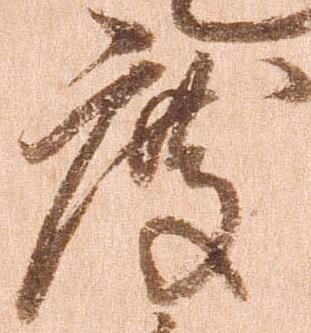
度